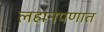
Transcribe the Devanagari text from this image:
लहानपणात